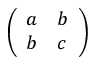
\left( \begin{array} { l l } { a } & { b } \\ { b } & { c } \end{array} \right)